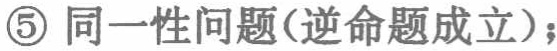
\textcircled{5} 同一性问题(逆命题成立)；